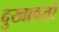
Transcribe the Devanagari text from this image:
दुखावतो